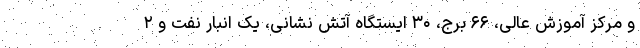
و مرکز آموزش عالی، ۶۶ برج، ۳۰ ایستگاه آتش نشانی، یک انبار نفت و ۲